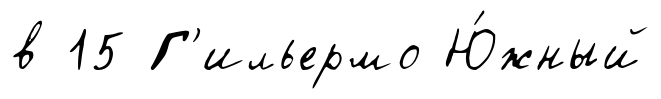
в 15 Г'ильермо Ю́жный